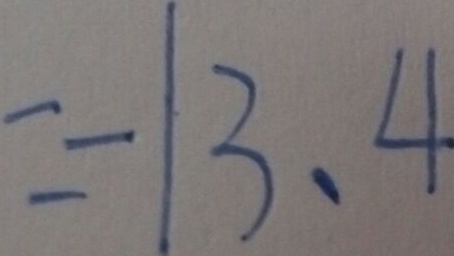
= - 1 3 . 4